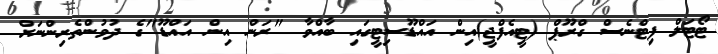
ޓޯޓަލް ފިޓްނެސް ގްރޫޕް (ޓީއެފްޖީ)އިން އައްޑޫސިޓީގައި ބާއްވާ "ރަން އިން އައްޑޫ"ގެ ދުވުންތެރިންނަށް